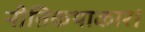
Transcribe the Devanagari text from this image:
नीतिकथाकार।